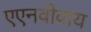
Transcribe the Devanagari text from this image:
एएनवीवाय